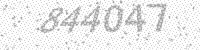
Solution: 844047